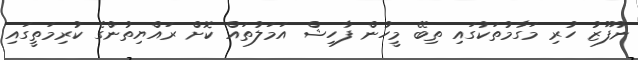
ނުފޫޒު ހުރި މަގާމުތަކުގައި ތިބޭ މީހުން ފާހިޝް އަމަލުތައް ކޮށް ރައްޔިތުންގެ ކުރިމަތީގައި